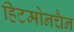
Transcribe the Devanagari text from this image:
हिटमोनचैन